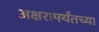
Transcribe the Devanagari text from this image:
अक्षरापर्यंतच्या